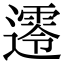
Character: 𨗺